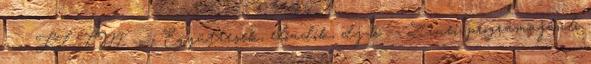
---- FL.FM ---- Együttesek, előadók, dj-k -- Zenei programajánló